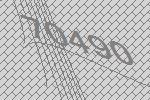
70490